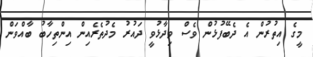
މީގެ އިތުރުން އެ ދެބޭފުޅުން ވެސް ވިދާޅުވީ ދައުރު މެދުތެރެއިން އިންތިހާބު ބާއްވަން